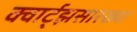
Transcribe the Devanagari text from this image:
क्वार्ट्‌झसारख्या